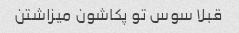
قبلا سوس تو پکاشون میزاشتن